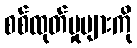
စစ်ထုတ်မှုများကို